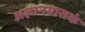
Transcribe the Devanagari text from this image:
अज्ञानग्रासकं